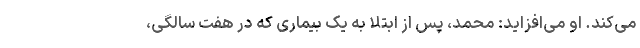
می‌کند. او می‌افزاید: محمد، پس از ابتلا به یک بیماری که در هفت سالگی،